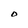
Character: O